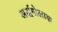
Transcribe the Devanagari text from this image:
अर्द्धगोलाक